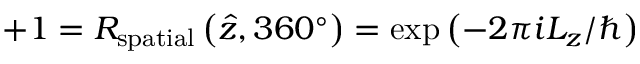
+ 1 = R _ { \mathrm { s p a t i a l } } \left( { \hat { z } } , 3 6 0 ^ { \circ } \right) = \exp \left( - 2 \pi i L _ { z } / \hbar \right)